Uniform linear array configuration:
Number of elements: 12
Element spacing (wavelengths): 0.25
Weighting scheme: exponential
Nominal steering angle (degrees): -30
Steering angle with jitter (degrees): -29.887
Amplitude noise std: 0.05
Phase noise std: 0.05

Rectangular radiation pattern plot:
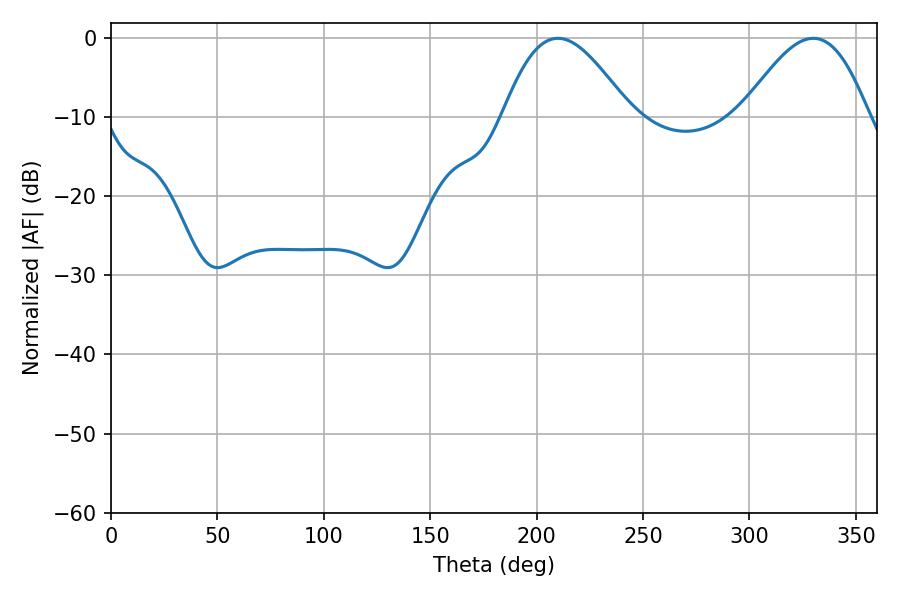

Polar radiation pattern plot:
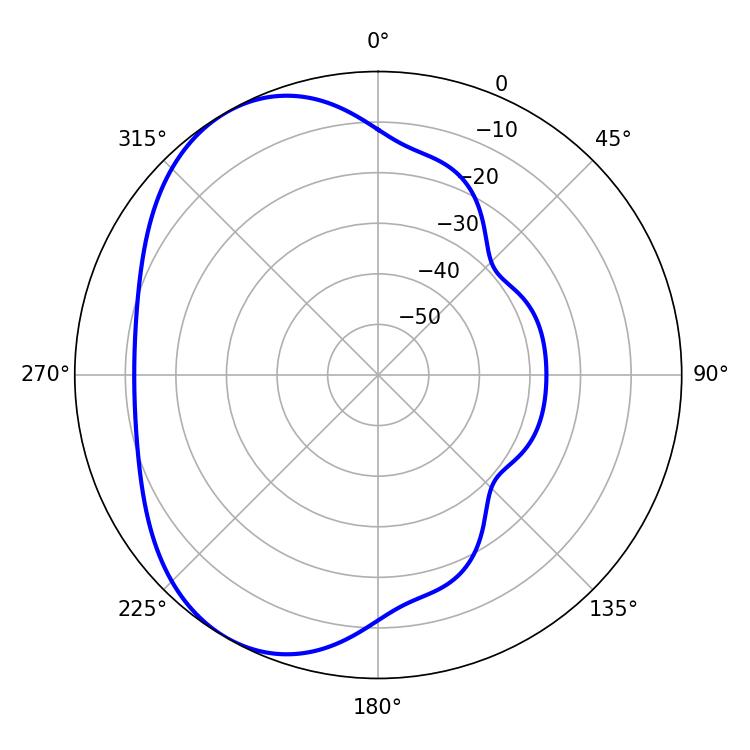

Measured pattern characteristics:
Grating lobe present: FALSE
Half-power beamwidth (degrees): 32.04
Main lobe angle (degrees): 210.06